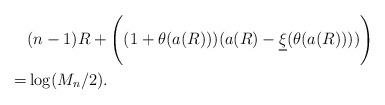
\begin{align*}&(n-1) R + \Bigg( (1+\theta(a(R ))) (a(R ) - \underline{\xi}(\theta(a(R )))) \Bigg) \\=& \log(M_n/2).\end{align*}